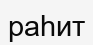
раһит